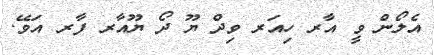
އެލޯން ވީ އާރ ހިއަރ ވިދް ޔޫ ދޯ ޔޫއާރ ފާރ އަވޭ.